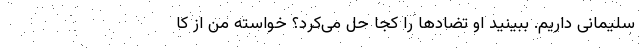
سلیمانی داریم. ببینید او تضادها را کجا حل می‌کرد؟ خواسته من از کا